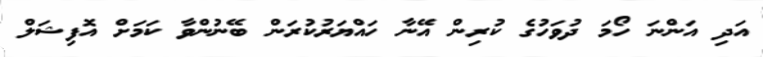
އަދި އަންނަ ހޯމަ ދުވަހުގެ ކުރިން އޭނާ ހައްޔަރުކުރަން ބޭނުންވާ ކަމަށް އޮފިޝަލް